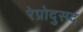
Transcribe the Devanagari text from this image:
रेप्रोदुसद